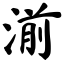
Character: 湔